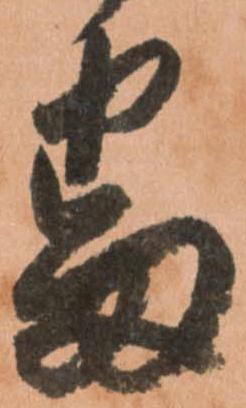
番